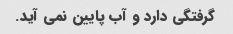
گرفتگی دارد و آب پایین نمی آید.